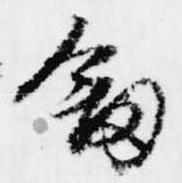
剣